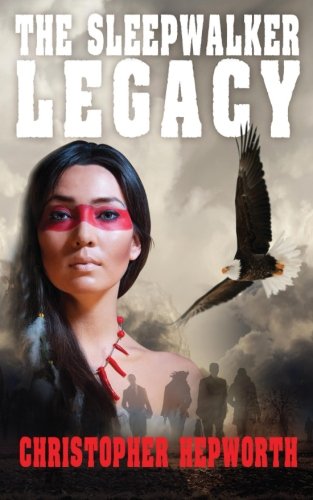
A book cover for The Sleepwalker Legacy; Christopher Hepworth; Mystery, Thriller & Suspense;